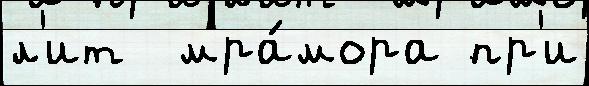
л'ит  мра́мора пр'и